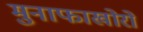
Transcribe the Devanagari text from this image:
मुनाफाखोरों